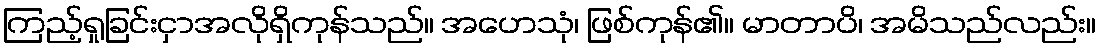
ကြည့်ရှုခြင်းငှာအလိုရှိကုန်သည်။ အဟေသုံ၊ ဖြစ်ကုန်၏။ မာတာပိ၊ အမိသည်လည်း။